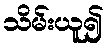
သိမ်းယူ၍